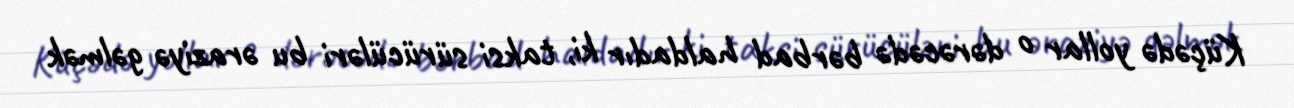
Küçədə yollar o dərəcədə bərbad haldadır ki, taksi sürücüləri bu əraziyə gəlmək